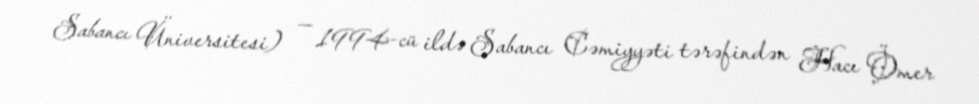
Sabancı Üniversitesi) — 1994-cü ildə Sabancı Cəmiyyəti tərəfindən Hacı Ömer